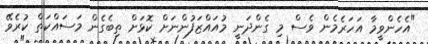
"އެހެންވީމާ އަހަރެމެން ވެސް މި ގެންދަނީ މުއައްޒަފުންނަށް ކޮޅަށް ތިބެގެން މަސައްކަތް ކުރެވޭ